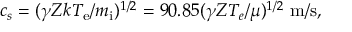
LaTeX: c _ { s } = ( \gamma Z k T _ { \mathrm { e } } / m _ { \mathrm { i } } ) ^ { 1 / 2 } = 9 0 . 8 5 ( \gamma Z T _ { e } / \mu ) ^ { 1 / 2 } ~ \mathrm { m / s } ,